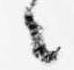
々